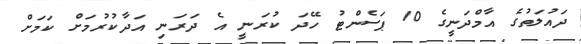
ދައުލަތުގެ އާމްދަނީގެ 10 ޕަސެންޓު ހޭދަ ކުރަނީ އެ ދަރަނި އަދާކުރުމަށް ކަމަށް